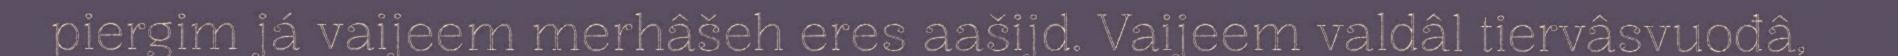
piergim já vaijeem merhâšeh eres aašijd. Vaijeem valdâl tiervâsvuođâ,